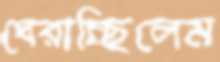
ঘেরাচ্ছিলেম